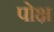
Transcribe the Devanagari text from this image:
पोक्ष